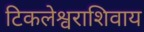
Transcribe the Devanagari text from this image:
टिकलेश्वराशिवाय